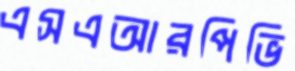
এসএআরপিভি